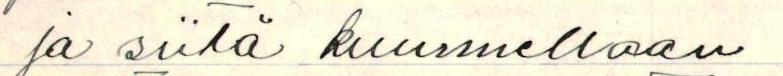
ja siitä kuunnellaan